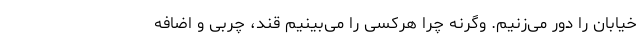
خیابان را دور می‌زنیم. وگرنه چرا هرکسی را می‌بینیم قند، چربی و اضافه